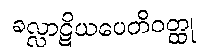
ခလ္လာဋိယပေတိဝတ္ထု